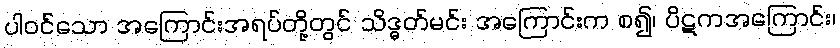
ပါဝင်သော အကြောင်းအရပ်တို့တွင် သိဒ္ဓတ်မင်း အကြောင်းက စ၍၊ ပိဋကအကြောင်း၊